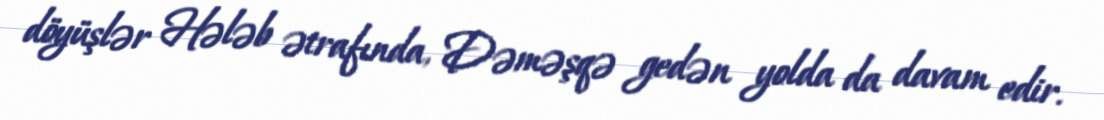
döyüşlər Hələb ətrafında, Dəməşqə gedən yolda da davam edir.